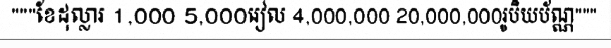
"""ខែដុល្លារ 1,000 5,000រៀល 4,000,000 20,000,000រូបិយប័ណ្ណ"""